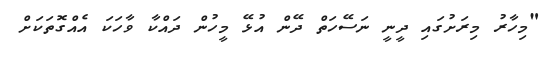
"މިހާރު މިރަށުގައި ދީނީ ނަސޭހަތް ދޭން އުޅޭ މީހުން ދައްކާ ވާހަކަ އެއްގޮތަކަށް